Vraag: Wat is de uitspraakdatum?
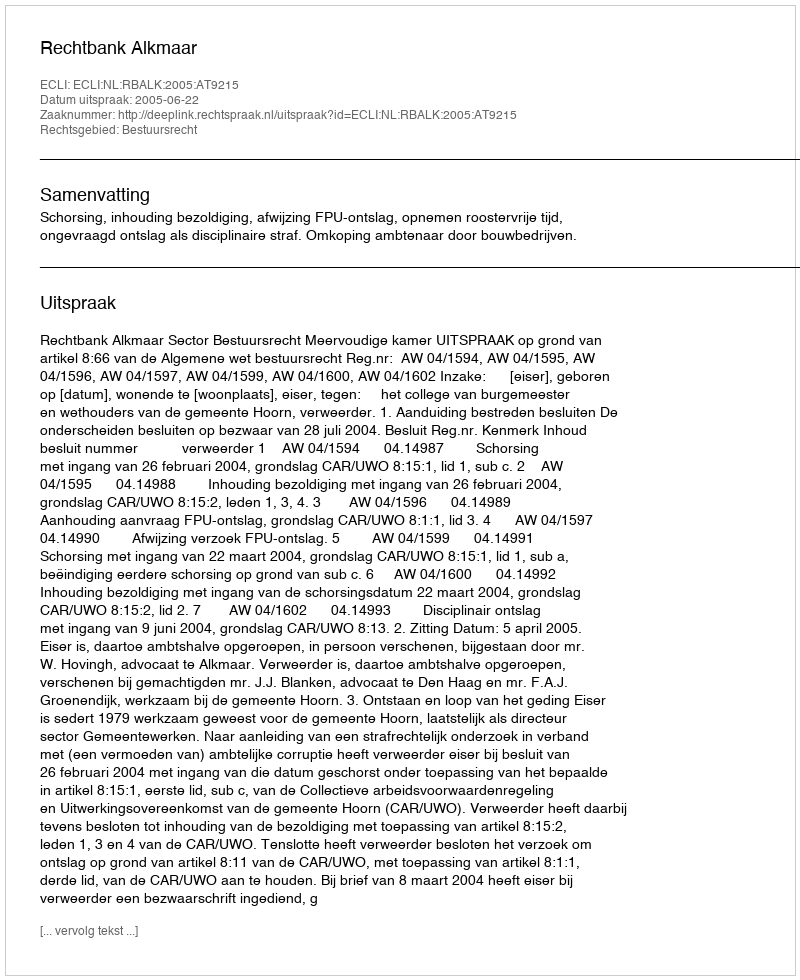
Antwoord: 2005-06-22